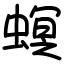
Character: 螟